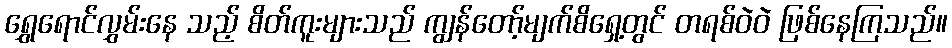
ရွှေရောင်လွှမ်းနေ သည့် စိတ်ကူးများသည် ကျွန်တော့်မျက်စိရှေ့တွင် တရစ်ဝဲဝဲ ဖြစ်နေကြသည်။